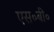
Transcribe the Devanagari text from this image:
एस॰बी॰